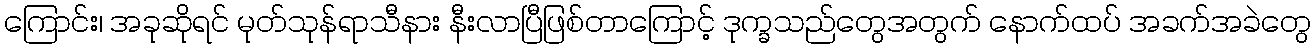
ကြောင်း၊ အခုဆိုရင် မုတ်သုန်ရာသီနား နီးလာပြီဖြစ်တာကြောင့် ဒုက္ခသည်တွေအတွက် နောက်ထပ် အခက်အခဲတွေ